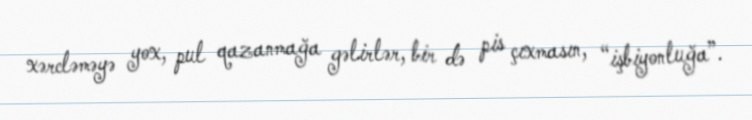
xərcləməyə yox, pul qazanmağa gəlirlər, bir də pis çıxmasın, “işbiyonluğa”.